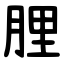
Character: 䤚